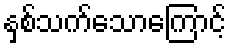
နှစ်သက်သောကြောင့်